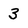
Character: 3